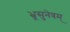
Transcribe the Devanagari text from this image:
भ्रूसुनेत्रम्